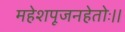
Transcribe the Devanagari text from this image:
महेशपूजनहेतोः।।